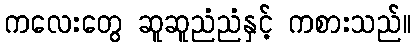
ကလေးတွေ ဆူဆူညံညံနှင့် ကစားသည်။